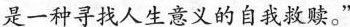
是一种寻找人生意义的自我救赎。”